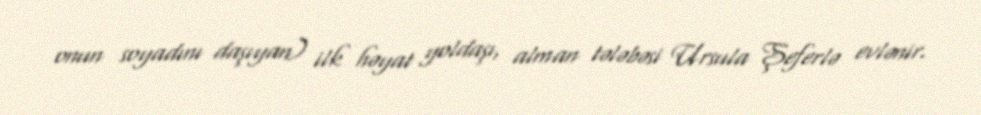
onun soyadını daşıyan) ilk həyat yoldaşı, alman tələbəsi Ursula Şeferlə evlənir.